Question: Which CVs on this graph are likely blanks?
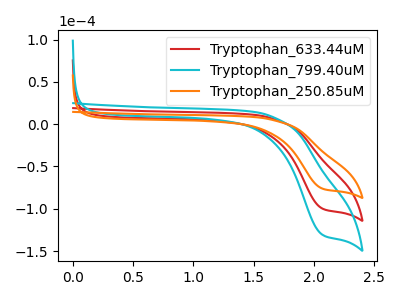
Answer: <think>The red curve "Tryptophan_633.44uM" has a cathodic peak at: (2.05V, -99.45uA). The cyan curve "Tryptophan_799.40uM" has a cathodic peak at: (2.05V, -198.95uA). The orange curve "Tryptophan_250.85uM" has a cathodic peak at: (2.05V, -75.95uA).</think>
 <answer>There are not any CV's on this graph that are likely to be blanks.</answer>
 <eval>none</eval>